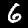
Digit: 6